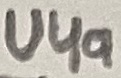
Text: U4a